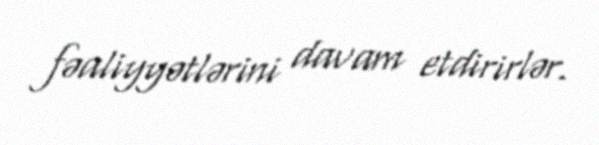
fəaliyyətlərini davam etdirirlər.